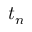
t _ { n }